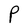
Character: P